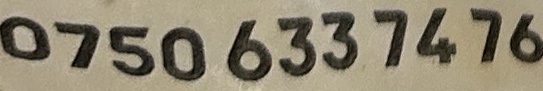
0750 633 7476